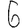
Digit: 6